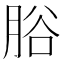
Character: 𦛱